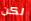
لكن